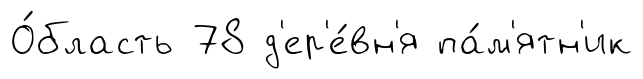
О́бласть 78 д'ер'е́вн'я па́м'ятн'ик